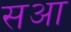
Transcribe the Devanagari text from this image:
सआ